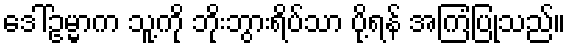
ဒေါ်ဥမ္မာက သူ့ကို ဘိုးဘွားရိပ်သာ ပို့ရန် အကြံပြုသည်။